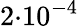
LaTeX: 2{\cdot}10^{-4}